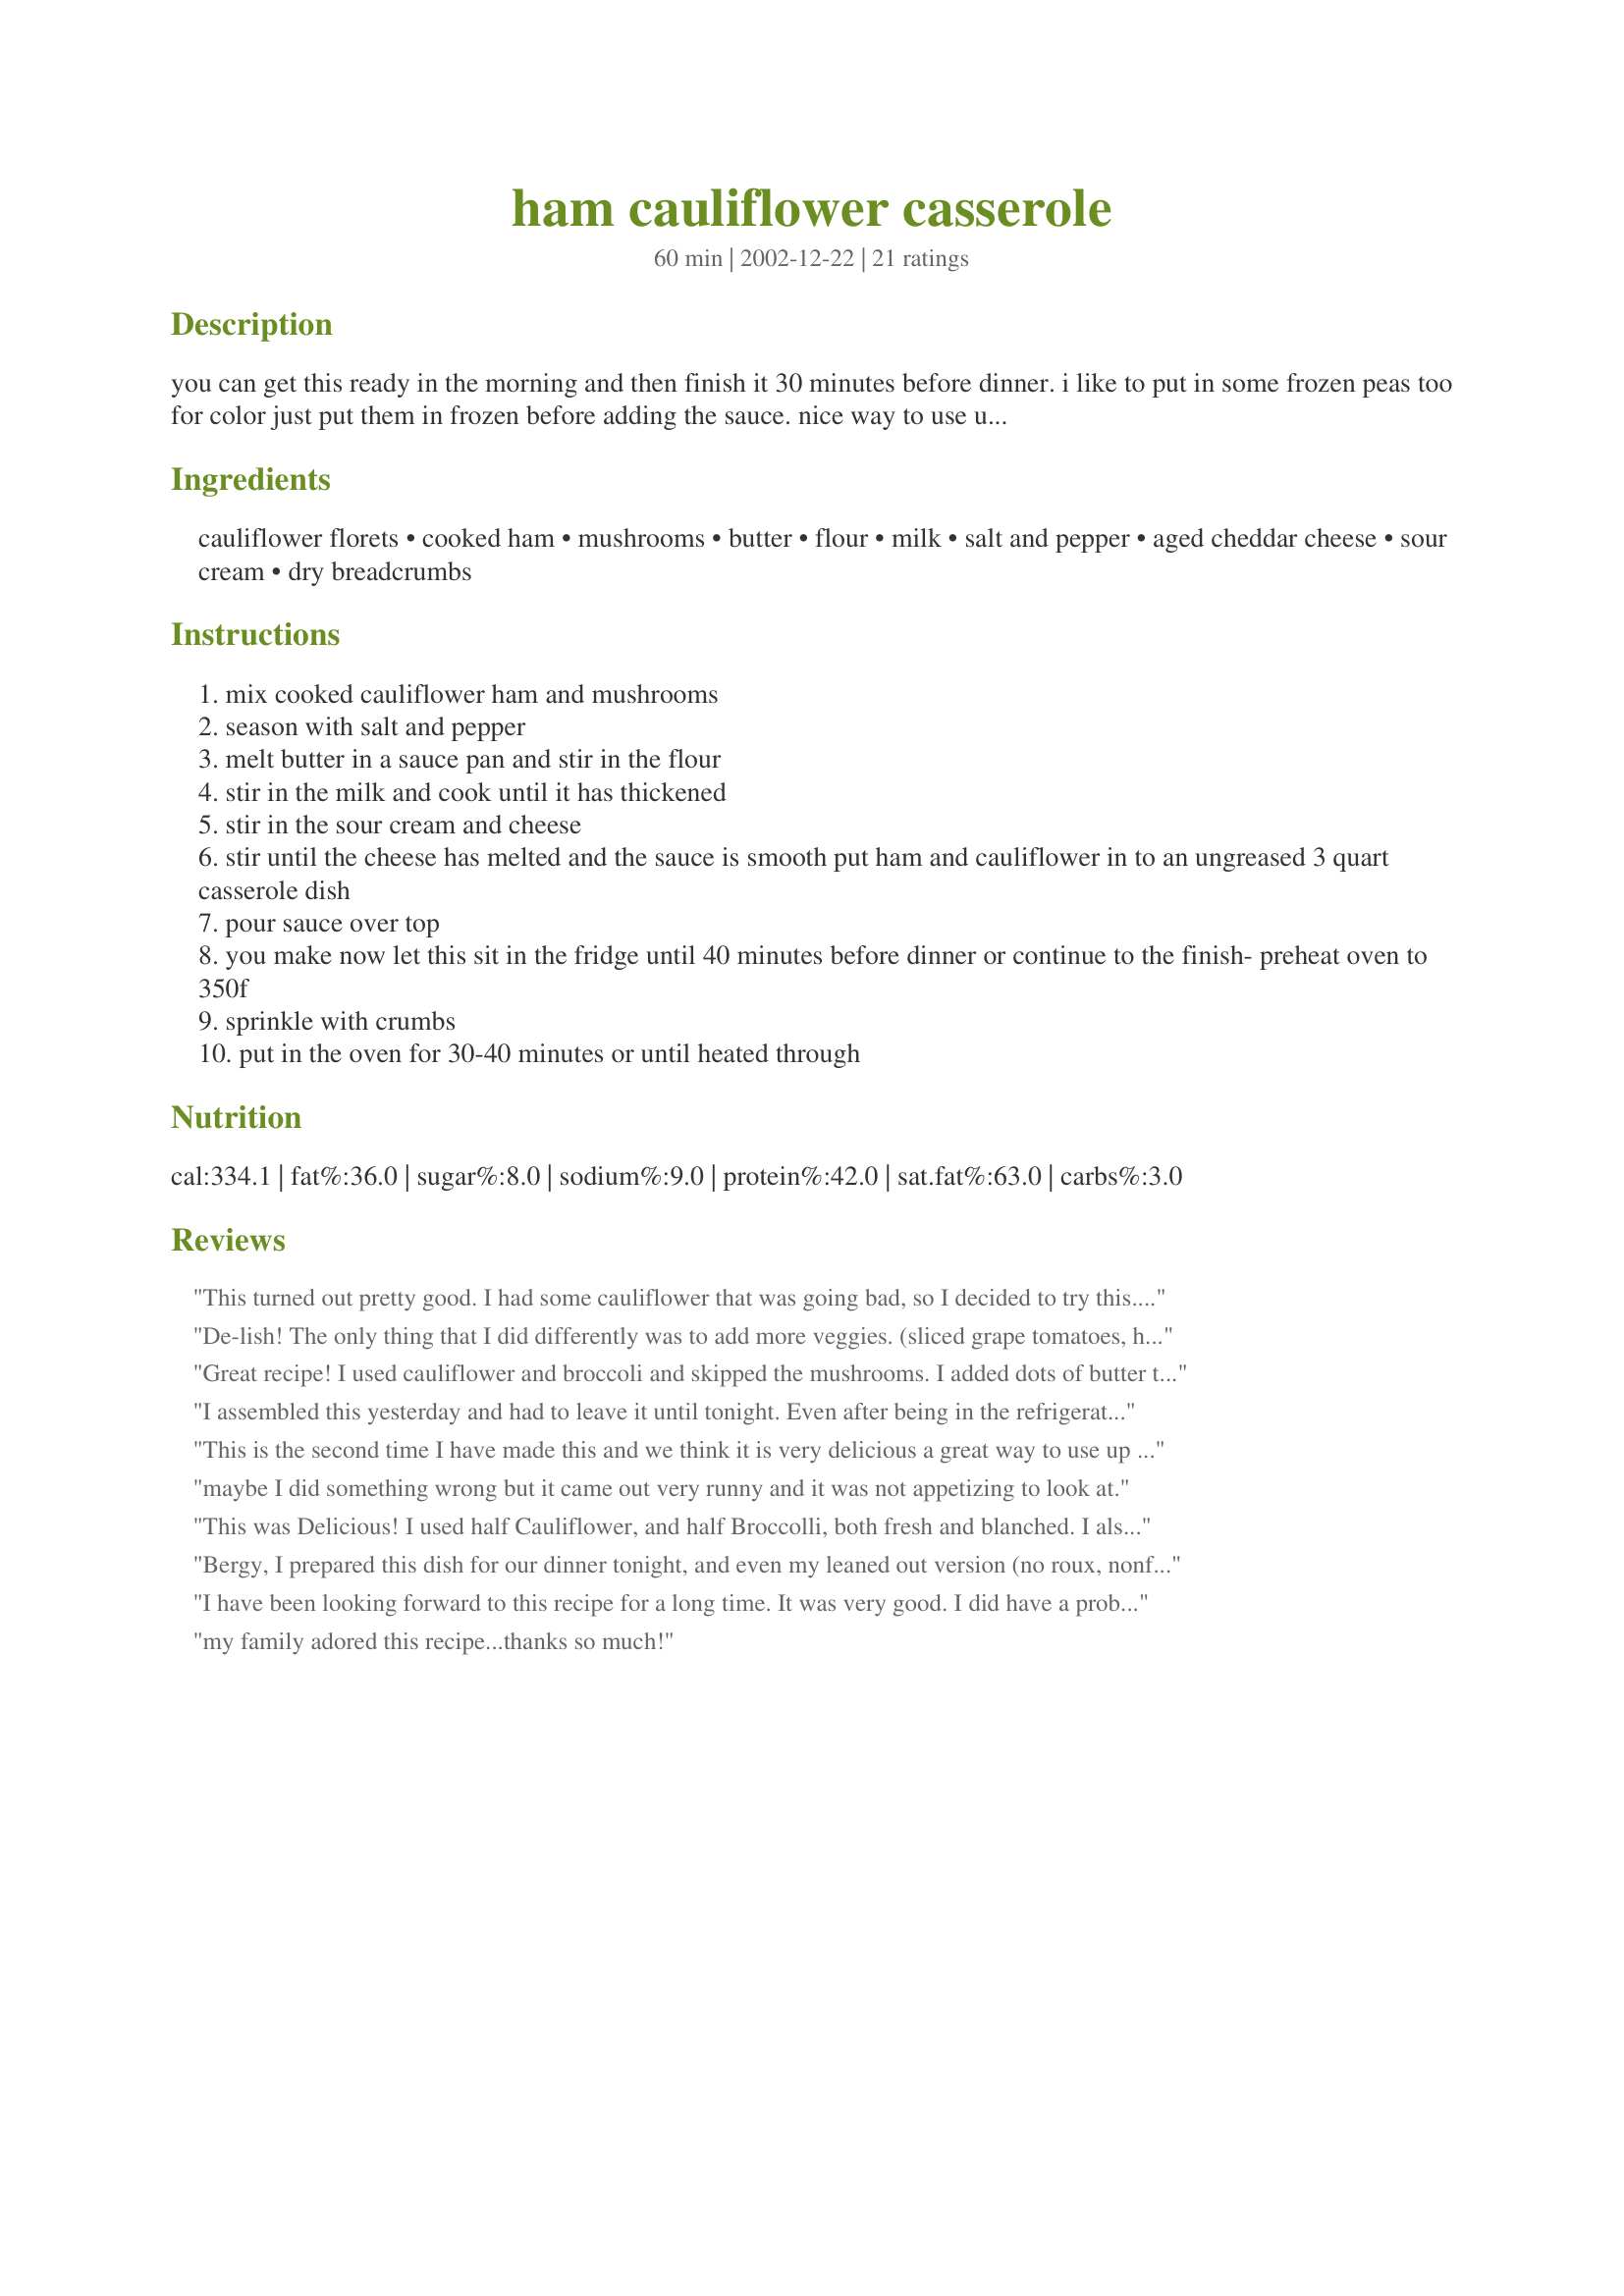
ham cauliflower casserole
Preparation time: 60 minutes

you can get this ready in the morning and then finish it 30 minutes before dinner. i like to put in some frozen peas too for color just put them in frozen before adding the sauce. nice way to use up some of the left over ham

Ingredients:
cauliflower florets, cooked ham, mushrooms, butter, flour, milk, salt and pepper, aged cheddar cheese, sour cream, dry breadcrumbs

Steps:
mix cooked cauliflower ham and mushrooms
season with salt and pepper
melt butter in a sauce pan and stir in the flour
stir in the milk and cook until it has thickened
stir in the sour cream and cheese
stir until the cheese has melted and the sauce is smooth put ham and cauliflower in to an ungreased 3 quart casserole dish
pour sauce over top
you make now let this sit in the fridge until 40 minutes before dinner or continue to the finish- preheat oven to 350f
sprinkle with crumbs
put in the oven for 30-40 minutes or until heated through

Reviews:
This turned out pretty good. I had some cauliflower that was going bad, so I decided to try this. I used seasoning salt instead of regular, and it seemed it give it a little something more. I didn't really have a problem with it being runny. I think that would be from the veggies. I sauted the ham and mushrooms, and once I drained the cauliflower, I put them back in the pot just for a minute on low heat to kind of "dry" them off. Thanks for another alternative way to eat cauliflower.
De-lish! The only thing that I did differently was to add more veggies. (sliced grape tomatoes, half a small onion diced, sliced steamed carrots, and the frozen peas you suggested) You can never have too much nutrition and it was pretty too! Thanks for a recipe I'll use over and over.
Great recipe! I used cauliflower and broccoli and skipped the mushrooms. I added dots of butter to the breadcrumbs, too. It was very popular with my kids (4 and 17m) and dh liked it too (he declared it 'tasty').
I assembled this yesterday and had to leave it until tonight. Even after being in the refrigerator for 2 days, it was great. The only thing I added was extra mushrooms. Next time I am going to add some peas (like suggested by Bergy) to add some color.
This is the second time I have made this and we think it is very delicious a great way to use up extra ham. The second time I made it I was a little short on the ham and cauliflower so when steaming the cauliflower I added a hand full of macaroni, it was still great. Thanks so much. Lanmar
maybe I did something wrong but it came out very runny and it was not appetizing to look at.
This was Delicious! I used half Cauliflower, and half Broccolli, both fresh and blanched. I also added a little sauteed onion, and some Tobasco. It was really good
Bergy, I prepared this dish for our dinner tonight, and even my leaned out version (no roux, nonfat milk, reduced fat cheddar, yogurt instead of sour cream) of it was so tasty. I like a lot of spice so I sauteed the mushrooms with onion and garlic, and added 1/4 tsp each nutmeg and cayenne pepper. The ham I had in mind for this had gone bad (oops) so I browned up some Gimme Lean sausage style instead--worked out really well. The sauce was a bit on the thin side-- next time I'll add a bit more thickener. Thanks a lot for this enjoyable dish, Bergy.
I have been looking forward to this recipe for a long time. It was very good. I did have a problem with it being watery but I think that is because I used a boneless ham and those always have a lot of water in them. Next time I may cook some of the water out of it first and then double the cheese sauce. Thanks for posting.
my family adored this recipe...thanks so much!
Made exactly as stated, omitting the mushrooms and adding slightly more cheese. Delicious!
This was really good. Mine also came out very runny but I used frozen veggies which I think caused the issue. It did tighten up after it sat for a while. The taste was fabulous and really a good low carb recipe.
my entire family loved this. I doubled the recipe, served it with spatzel. (I also used yogurt in place of sour cream) Everyone has asked for the recipe. Kudos
Very good casserole! I didn't change a thing. Thanks!
I really enjoyed this fast, easy one dish meal! However, it came out a little watery. I think it was from the mushrooms. But that's okay because it tasted great! I used soy milk, fat free sour cream, and mozzarella because I didn't have cheddar. Very tasty.
Delicious!!! I made this for a group dinner and it was devoured. It waas so simple to make yet tasted SO good. I will definately make this again as the whole family really enjoyed it. Thatnks for such a great recipe.
My family loved this. We used a package of broccoli/cauliflower mix to make this and it was wonderful.
This casserole tasted very good but I had trouble with it being watery. I had read the reviews so I made the sauce a little thicher but it came out watery anyway. It still tasted good and I'll probably try making this again.
What a great dish for the diabetic! Hubby is, so I pounced on this when I had both ham and cauliflower. It was tasty, but I missed my carbs. I think it would be absolutely wonderful with some noodles or potatoes mixed in, but that wouldn't have been as healthy for hubby. My ham was pretty salty, so the finished dish had too much salt, as I had salted lightly. Next time, I'll skip all added salt. Yes, there will probably be a next time for this dish. I only gave it 4 stars, because my evaluation of the taste was good, worthy of eating, but it didn't take my taste buds to the moon.
DH says fabulous, 10 stars!!! I do too!! I used equal parts ham and cauliflower, halved the recipe to about 2 cups each, put some red pepper in,used 1 can of mushrooms drained well, skim milk in the sauce and a little more than 1 Tablespoon flour. Baked right from the fridge for 50min. The flavors were excellent together. Thanks for a great recipe Bergy!!!!
This was good and I will probably make it again with a couple of changes. There was too much cauliflower and not enough ham. I would make it 50/50 or more ham than cauliflower. I would also add some color as it looks a little bland, maybe some brocolli, green/red pepper, etc. I also used canned mushrooms so did not have the watery problem, although they did not seem to add much flavor. I was out of sour cream and substituted mayo. All in all we enjoyed it.
